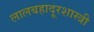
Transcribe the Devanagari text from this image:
लालबहादूरशास्त्री